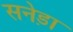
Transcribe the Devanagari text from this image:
सनेड़ा